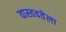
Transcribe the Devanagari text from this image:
वास्तवतेला